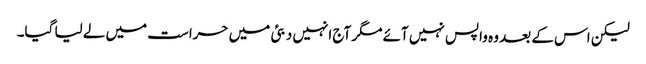
لیکن اس کے بعد وہ واپس نہیں آئے مگر آج انہیں دبئی میں حراست میں لے لیا گیا۔